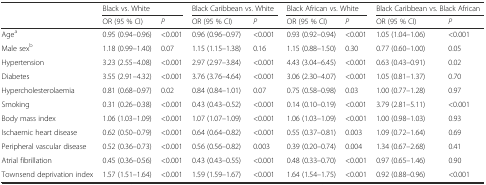
<table><thead><tr><td rowspan="2"></td><td colspan="2"><b>Black vs. White</b></td><td colspan="2"><b>Black Caribbean vs. White</b></td><td colspan="2"><b>Black African vs. White</b></td><td colspan="2"><b>Black Caribbean vs. Black African</b></td></tr><tr><td><b>OR (95 % CI)</b></td><td><b><i>P</i></b></td><td><b>OR (95 % CI)</b></td><td><b><i>P</i></b></td><td><b>OR (95 % CI)</b></td><td><b><i>P</i></b></td><td><b>OR (95 % CI)</b></td><td><b><i>P</i></b></td></tr></thead><tbody><tr><td>Age<sup>a</sup></td><td>0.95 (0.94–0.96)</td><td>&lt;0.001</td><td>0.96 (0.96–0.97)</td><td>&lt;0.001</td><td>0.93 (0.92–0.94)</td><td>&lt;0.001</td><td>1.05 (1.04–1.06)</td><td>&lt;0.001</td></tr><tr><td>Male sex<sup>b</sup></td><td>1.18 (0.99–1.40)</td><td>0.07</td><td>1.15 (1.15–1.38)</td><td>0.16</td><td>1.15 (0.88–1.50)</td><td>0.30</td><td>0.77 (0.60–1.00)</td><td>0.05</td></tr><tr><td>Hypertension</td><td>3.23 (2.55–4.08)</td><td>&lt;0.001</td><td>2.97 (2.97–3.84)</td><td>&lt;0.001</td><td>4.43 (3.04–6.45)</td><td>&lt;0.001</td><td>0.63 (0.43–0.91)</td><td>0.02</td></tr><tr><td>Diabetes</td><td>3.55 (2.91–4.32)</td><td>&lt;0.001</td><td>3.76 (3.76–4.64)</td><td>&lt;0.001</td><td>3.06 (2.30–4.07)</td><td>&lt;0.001</td><td>1.05 (0.81–1.37)</td><td>0.70</td></tr><tr><td>Hypercholesterolaemia</td><td>0.81 (0.68–0.97)</td><td>0.02</td><td>0.84 (0.84–1.01)</td><td>0.07</td><td>0.75 (0.58–0.98)</td><td>0.03</td><td>1.00 (0.77–1.28)</td><td>0.97</td></tr><tr><td>Smoking</td><td>0.31 (0.26–0.38)</td><td>&lt;0.001</td><td>0.43 (0.43–0.52)</td><td>&lt;0.001</td><td>0.14 (0.10–0.19)</td><td>&lt;0.001</td><td>3.79 (2.81–5.11)</td><td>&lt;0.001</td></tr><tr><td>Body mass index</td><td>1.06 (1.03–1.09)</td><td>&lt;0.001</td><td>1.07 (1.07–1.09)</td><td>&lt;0.001</td><td>1.06 (1.03–1.09)</td><td>&lt;0.001</td><td>1.00 (0.98–1.03)</td><td>0.93</td></tr><tr><td>Ischaemic heart disease</td><td>0.62 (0.50–0.79)</td><td>&lt;0.001</td><td>0.64 (0.64–0.82)</td><td>&lt;0.001</td><td>0.55 (0.37–0.81)</td><td>0.003</td><td>1.09 (0.72–1.64)</td><td>0.69</td></tr><tr><td>Peripheral vascular disease</td><td>0.52 (0.36–0.73)</td><td>&lt;0.001</td><td>0.56 (0.56–0.82)</td><td>0.003</td><td>0.39 (0.20–0.74)</td><td>0.004</td><td>1.34 (0.67–2.68)</td><td>0.41</td></tr><tr><td>Atrial fibrillation</td><td>0.45 (0.36–0.56)</td><td>&lt;0.001</td><td>0.43 (0.43–0.55)</td><td>&lt;0.001</td><td>0.48 (0.33–0.70)</td><td>&lt;0.001</td><td>0.97 (0.65–1.46)</td><td>0.90</td></tr><tr><td>Townsend deprivation index</td><td>1.57 (1.51–1.64)</td><td>&lt;0.001</td><td>1.59 (1.59–1.67)</td><td>&lt;0.001</td><td>1.64 (1.54–1.75)</td><td>&lt;0.001</td><td>0.92 (0.88–0.96)</td><td>&lt;0.001</td></tr></tbody></table>